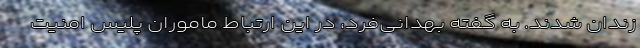
زندان شدند. به گفته بهدانی‌فرد، در این ارتباط ماموران پلیس امنیت